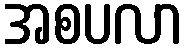
အစပလာ